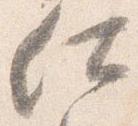
仕